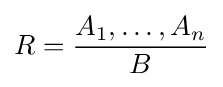
R={\frac {A_{1},\dots ,A_{n}}{B}}